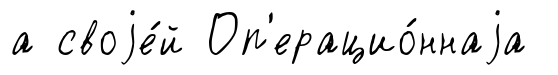
а своjе́й Оп'ерацио́ннаjа